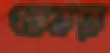
একককে